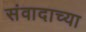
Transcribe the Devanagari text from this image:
संवादाच्या